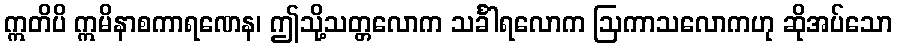
ဣတိပိ ဣမိနာစကာရဏေန၊ ဤသို့သတ္တလောက သင်္ခါရလောက ဩကာသလောကဟု ဆိုအပ်သော